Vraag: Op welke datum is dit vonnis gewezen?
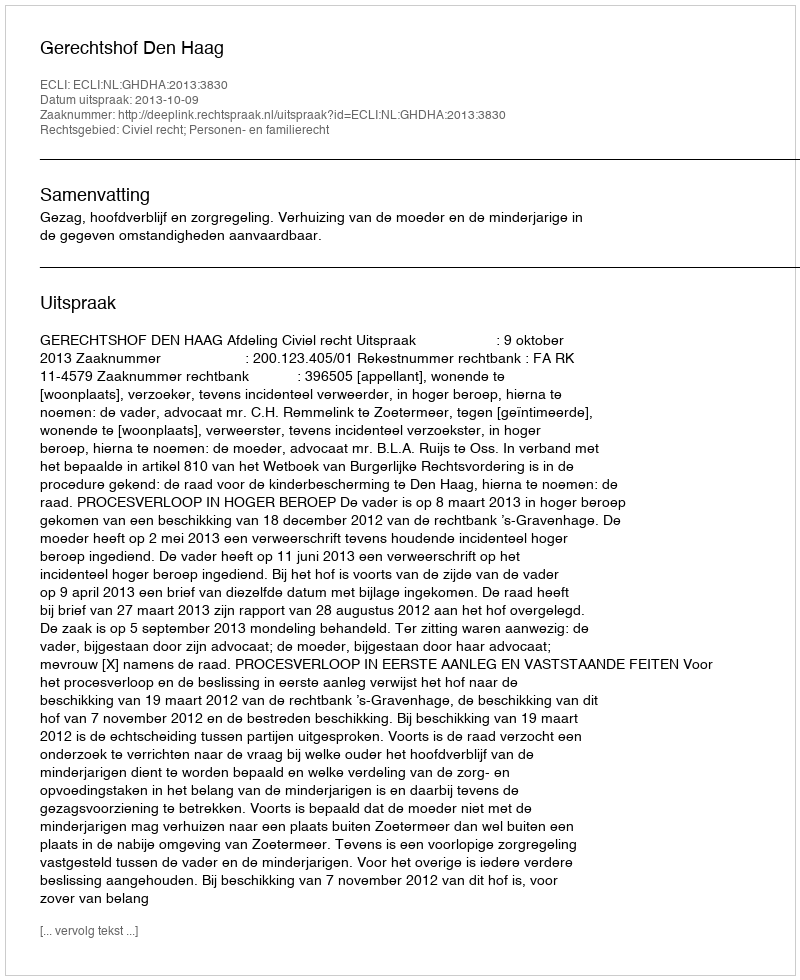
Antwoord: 2013-10-09